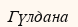
Гүлдана